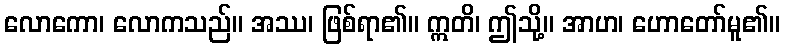
လောကော၊ လောကသည်။ အဿ၊ ဖြစ်ရာ၏။ ဣတိ၊ ဤသို့။ အာဟ၊ ဟောတော်မူ၏။